Plague in India, 1896, 1897 - Volume 1
Year: 1896
Disease focus: Plague
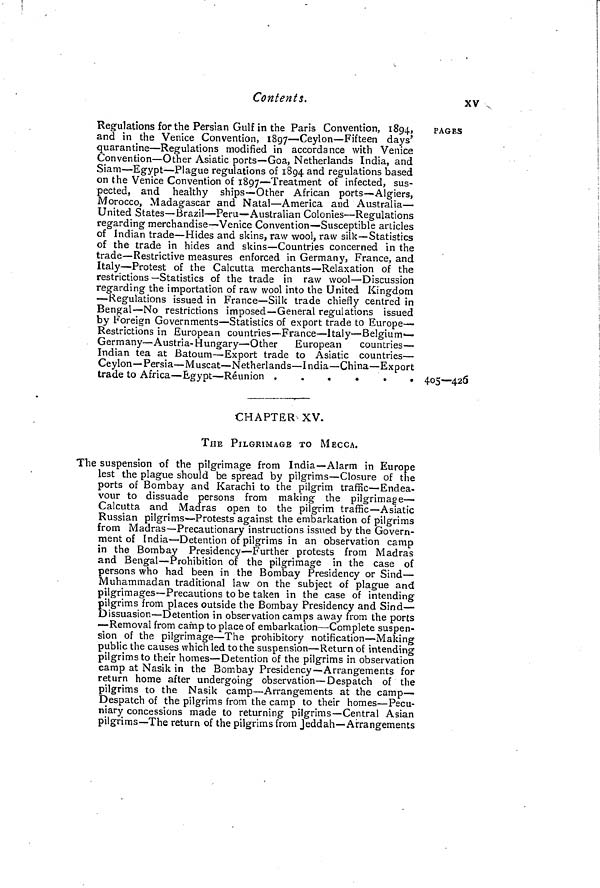
Contents.
XV
Regulations for the Persian Gulf in the Paris Convention, 1894,
and in the Venice Convention, 1897—Ceylon—Fifteen days'
quarantine—Regulations modified in accordance with Venice
Convention—Other Asiatic ports—Goa, Netherlands India, and
Siam—Egypt—Plague regulations of 1894 and regulations based
on the Venice Convention of 1897—Treatment of infected, sus-
pected, and healthy ships—Other African ports—Algiers,
Morocco, Madagascar and Natal—America and Australia—
United States—Brazil—Peru—Australian Colonies—Regulations
regarding merchandise—Venice Convention—Susceptible articles
of Indian trade—Hides and skins, raw wool, raw silk—Statistics
of the trade in hides and skins—Countries concerned in the
trade—Restrictive measures enforced in Germany, France, and
Italy—Protest of the Calcutta merchants—Relaxation of the
restrictions—Statistics of the trade in raw wool—Discussion
regarding the importation of raw wool into the United Kingdom
—Regulations issued in France—Silk trade chiefly centred in
Bengal—No restrictions imposed—General regulations issued
by Foreign Governments—Statistics of export trade to Europe—
Restrictions in European countries—France—Italy—Belgium-
Germany'—Austria- Hungary—Other
European
countries—
Indian tea at Batoum—Export trade to Asiatic countries—
Ceylon—Persia—Muscat—Netherlands—India—China—Export
trade to Africa—Egypt—Réunion
PAGES
405—426
CHAPTER XV.
THE PILGRIMAGE TO MECCA.
The suspension of the pilgrimage from India—Alarm in Europe
lest the plague should be spread by pilgrims—Closure of the
ports of Bombay and Karachi to the pilgrim traffic—Endea-
vour to dissuade persons from making the pilgrimage—
Calcutta and Madras open to the pilgrim traffic—Asiatic
Russian pilgrims—Protests against the embarkation of pilgrims
from Madras—Precautionary instructions issued by the Govern-
ment of India—Detention of pilgrims in an observation camp
in the Bombay Presidency—Further protests from Madras
and Bengal—Prohibition of the pilgrimage in the case of
persons who had been in the Bombay Presidency or Sind—
Muhammadan traditional law on the subject of plague and
pilgrimages—Precautions to be taken in the case of intending
pilgrims from places outside the Bombay Presidency and Sind—
Dissuasion—Detention in observation camps away from the ports
—Removal from camp to place of embarkation—Complete suspen-
sion of the pilgrimage—The prohibitory notification—Making
public the causes which led to the suspension—Return of intending
pilgrims to their homes—Detention of the pilgrims in observation
camp at Nasik in the Bombay Presidency—Arrangements for
return home after undergoing observation—Despatch of the
pilgrims to the Nasik camp—Arrangements at the camp—
Despatch of the pilgrims from the camp to their homes—Pecu-
niary concessions made to returning pilgrims—Central Asian
pilgrims—The return of the pilgrims from Jeddah—Arrangements